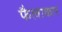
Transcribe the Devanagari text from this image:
फैलाकार